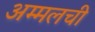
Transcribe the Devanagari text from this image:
अम्मलची